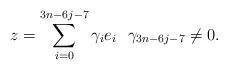
LaTeX: \begin{align*} z= \sum_{i=0}^{3n-6j-7}\gamma_{i}e_{i}~~\gamma_{3n-6j-7}\neq 0.\end{align*}